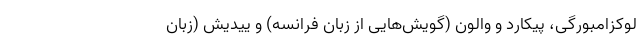
لوکزامبورگی، پیکارد و والون (گویش‌هایی از زبان فرانسه) و ییدیش (زبان